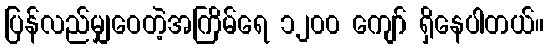
ပြန်လည်မျှဝေတဲ့အကြိမ်ရေ ၁၂၀၀ ကျော် ရှိနေပါတယ်။